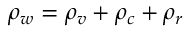
\rho _ { w } = \rho _ { v } + \rho _ { c } + \rho _ { r }